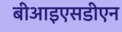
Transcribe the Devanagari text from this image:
बीआइएसडीएन